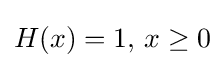
H(x)=1,\,x\geq 0